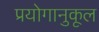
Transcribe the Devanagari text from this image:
प्रयोगानुकूल